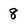
Character: 8